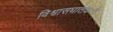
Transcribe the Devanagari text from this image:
विश्वासघातकःते